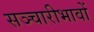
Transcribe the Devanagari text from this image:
सञ्चारीभावों